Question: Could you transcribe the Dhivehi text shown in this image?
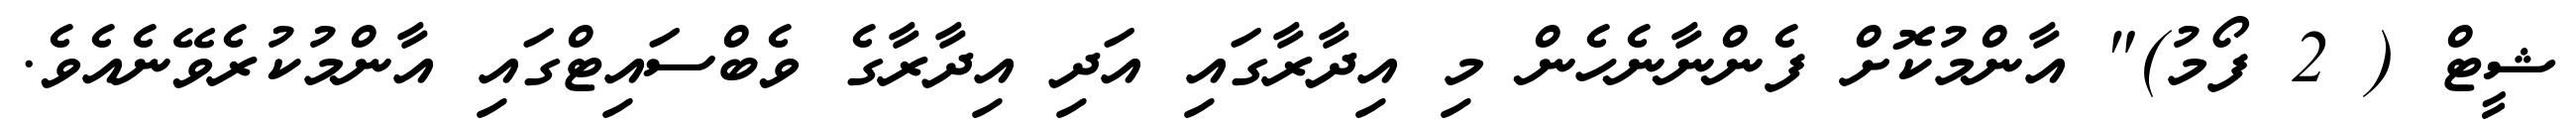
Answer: ޝީޓް ( 2 ފޯމު)" އާންމުކޮށް ފެންނާނެހެން މި އިދާރާގައި އަދި އިދާރާގެ ވެބްސައިޓްގައި އާންމުކުރެވޭނެއެވެ.